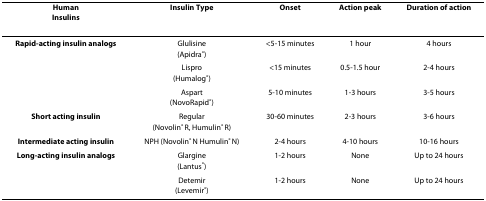
<table><thead><tr><td><b>HumanInsulins</b></td><td><b>Insulin Type</b></td><td><b>Onset</b></td><td><b>Action peak</b></td><td><b>Duration of action</b></td></tr></thead><tbody><tr><td><b>Rapid-acting insulin analogs</b></td><td>Glulisine(Apidra<sup>®</sup>)</td><td>&lt;5-15 minutes</td><td>1 hour</td><td>4 hours</td></tr><tr><td></td><td>Lispro(Humalog<sup>®</sup>)</td><td>&lt;15 minutes</td><td>0.5-1.5 hour</td><td>2-4 hours</td></tr><tr><td></td><td>Aspart(NovoRapid<sup>®</sup>)</td><td>5-10 minutes</td><td>1-3 hours</td><td>3-5 hours</td></tr><tr><td><b>Short acting insulin</b></td><td>Regular(Novolin<sup>® </sup>R, Humulin<sup>® </sup>R)</td><td>30-60 minutes</td><td>2-3 hours</td><td>3-6 hours</td></tr><tr><td><b>Intermediate acting insulin</b></td><td>NPH (Novolin<sup>® </sup>N Humulin<sup>® </sup>N)</td><td>2-4 hours</td><td>4-10 hours</td><td>10-16 hours</td></tr><tr><td><b>Long-acting insulin analogs</b></td><td>Glargine(Lantus<sup>®</sup>)</td><td>1-2 hours</td><td>None</td><td>Up to 24 hours</td></tr><tr><td></td><td>Detemir(Levemir<sup>®</sup>)</td><td>1-2 hours</td><td>None</td><td>Up to 24 hours</td></tr></tbody></table>